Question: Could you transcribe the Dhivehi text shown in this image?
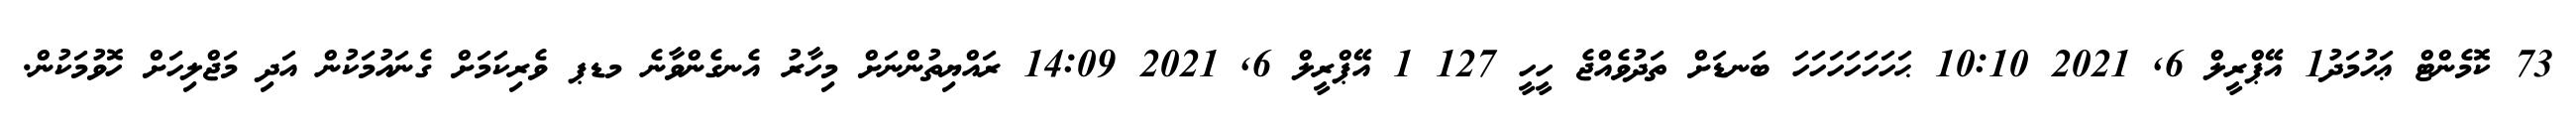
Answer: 73 ކޮމެންޓް ޢަހުމަދު1 އޭޕްރީލް 6, 2021 10:10 ޙަހަހަހަހަހަހަ ބަނޑަށް ތަދުވެއްޖެ ހީހީ 127 1 އޭޕްރީލް 6, 2021 14:09 ރައްޔިތުންނަށް މިހާރު އެނގެންވާނެ މޑޕ ވެރިކަމަށް ގެނައުމަކުން އަދި މަޖްލިހަށް ހޮވުމަކުން.